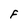
Character: F